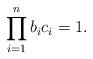
LaTeX: \begin{align*}\prod_{i=1}^nb_ic_i=1.\end{align*}